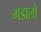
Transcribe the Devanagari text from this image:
मडालो